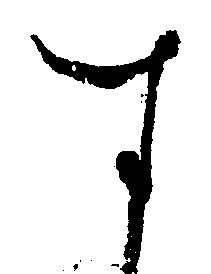
す